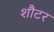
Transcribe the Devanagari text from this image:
शौटर